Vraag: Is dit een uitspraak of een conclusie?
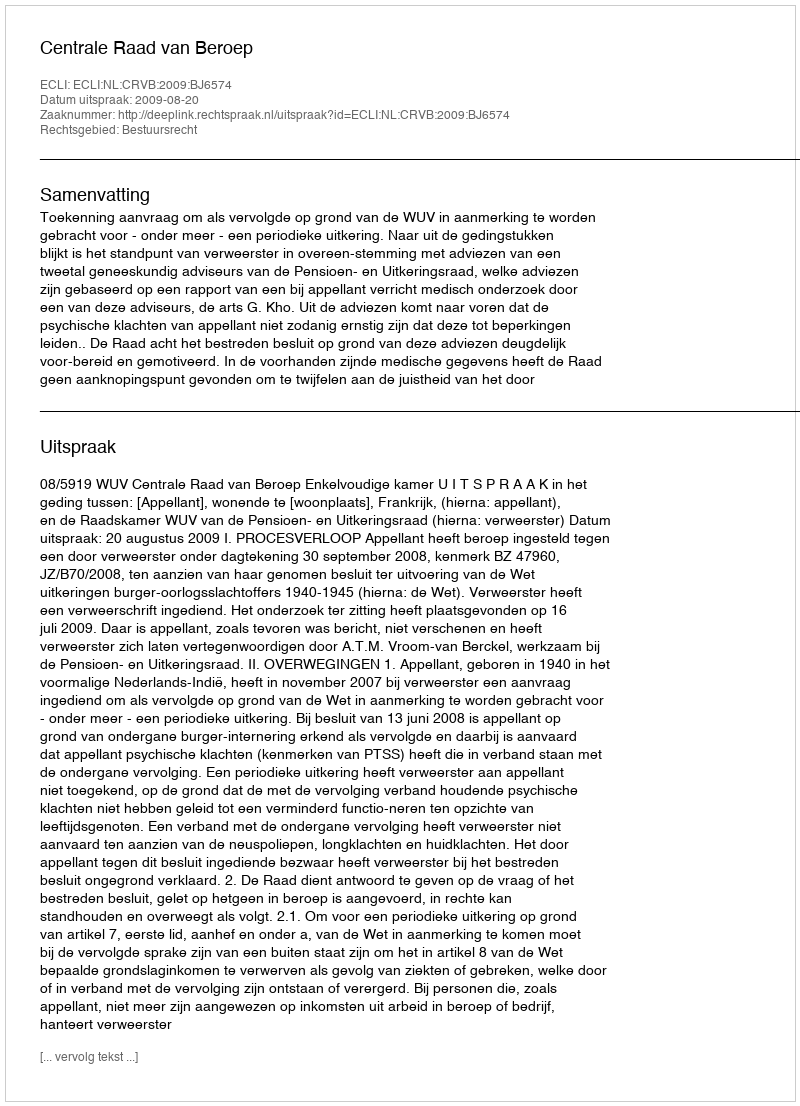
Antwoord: Uitspraak